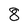
Character: 8